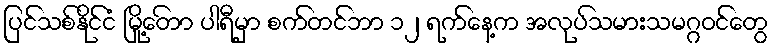
ပြင်သစ်နိုင်ငံ မြို့တေ်ာ ပါရီမှာ စက်တင်ဘာ ၁၂ ရက်နေ့က အလုပ်သမားသမဂ္ဂဝင်တွေ